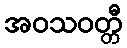
အဝသဝတ္တီ